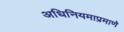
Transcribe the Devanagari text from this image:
अधिनियमाप्रमाणे